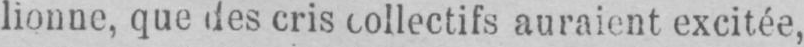
lionne, que des cris collectifs auraient excitée,